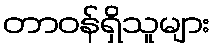
တာဝန်ရှိသူများ